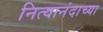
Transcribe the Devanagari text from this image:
नित्यानंदाच्या